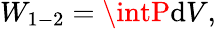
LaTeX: W_{1-2}=\intP\mathrm{d}V,